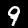
Label: 9